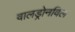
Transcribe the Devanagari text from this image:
वालड्रोनविल